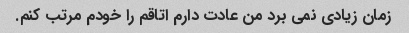
زمان زیادی نمی برد من عادت دارم اتاقم را خودم مرتب کنم.